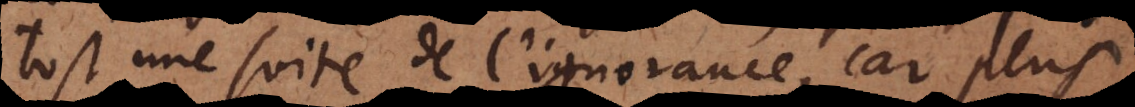
tost une suite de l’ignorance, car plus